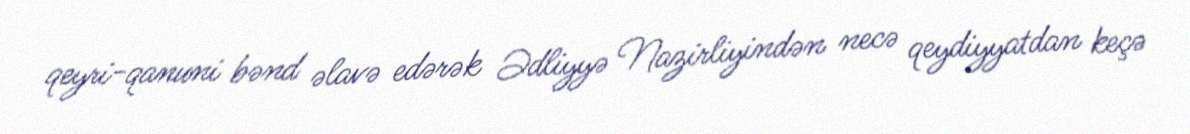
qeyri-qanuni bənd əlavə edərək Ədliyyə Nazirliyindən necə qeydiyyatdan keçə